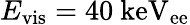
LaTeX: E_{\mathrm{vis}}=40~\mathrm{keV_{ee}}